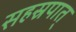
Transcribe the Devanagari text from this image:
सहस्रपात्